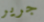
جرير